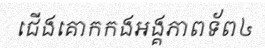
ជើងគោកកងអង្គភាពទ័ព៤